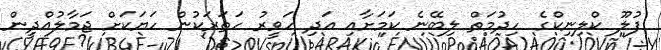
ފުލޫ ކްލިނިކްގެ ހިދުމަތް ލިބޭނެ ކަމަށާއި އަދި ހަވީރު ހަތަރަކުން ހަޔަކަށް ޖަމާލުއްދީން